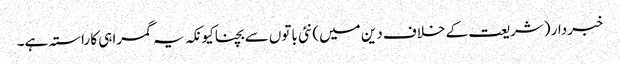
خبردار (شریعت کے خلاف دین میں) نئی باتوں سے بچنا کیونکہ یہ گمراہی کا راستہ ہے۔